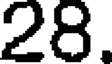
28.